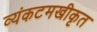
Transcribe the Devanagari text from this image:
व्यंकटमखीकृत